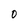
Character: 0